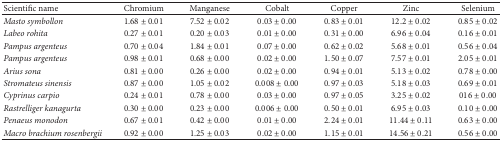
| Scientific name | Chromium | Manganese | Cobalt | Copper | Zinc | Selenium |
 | --- | --- | --- | --- | --- | --- | --- |
 | Masto symbollon | 1.68 ± 0.01 | 7.52 ± 0.02 | 0.03 ± 0.00 | 0.83 ± 0.01 | 12.2 ± 0.02 | 0.85 ± 0.02 |
 | Labeo rohita | 0.27 ± 0.01 | 0.20 ± 0.03 | 0.01 ± 0.00 | 0.31 ± 0.00 | 6.96 ± 0.04 | 0.16 ± 0.01 |
 | Pampus argenteus | 0.70 ± 0.04 | 1.84 ± 0.01 | 0.07 ± 0.00 | 0.62 ± 0.02 | 5.68 ± 0.01 | 0.56 ± 0.04 |
 | Pampus argenteus | 0.98 ± 0.01 | 0.68 ± 0.00 | 0.02 ± 0.00 | 1.50 ± 0.07 | 7.57 ± 0.01 | 2.05 ± 0.01 |
 | Arius sona | 0.81 ± 0.00 | 0.26 ± 0.00 | 0.02 ± 0.00 | 0.94 ± 0.01 | 5.13 ± 0.02 | 0.78 ± 0.00 |
 | Stromateus sinensis | 0.87 ± 0.00 | 1.05 ± 0.02 | 0.008 ± 0.00 | 0.97 ± 0.03 | 5.18 ± 0.03 | 0.69 ± 0.01 |
 | Cyprinus carpio | 0.24 ± 0.01 | 0.78 ± 0.00 | 0.03 ± 0.00 | 0.97 ± 0.05 | 3.25 ± 0.02 | 016 ± 0.00 |
 | Rastrelliger kanagurta | 0.30 ± 0.00 | 0.23 ± 0.00 | 0.006 ± 0.00 | 0.50 ± 0.01 | 6.95 ± 0.03 | 0.10 ± 0.00 |
 | Penaeus monodon | 0.67 ± 0.01 | 0.42 ± 0.00 | 0.01 ± 0.00 | 2.24 ± 0.01 | 11.44 ± 0.11 | 0.63 ± 0.00 |
 | Macrobrachium rosenbergii | 0.92 ± 0.00 | 1.25 ± 0.03 | 0.02 ± 0.00 | 1.15 ± 0.01 | 14.56 ± 0.21 | 0.56 ± 0.00 |